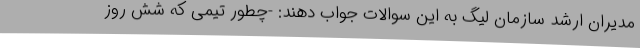
مدیران ارشد سازمان لیگ به این سوالات جواب دهند: -چطور تیمی که شش روز